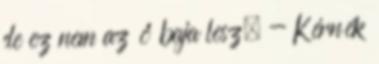
de ez nem az ő baja lesz. - Kérnék